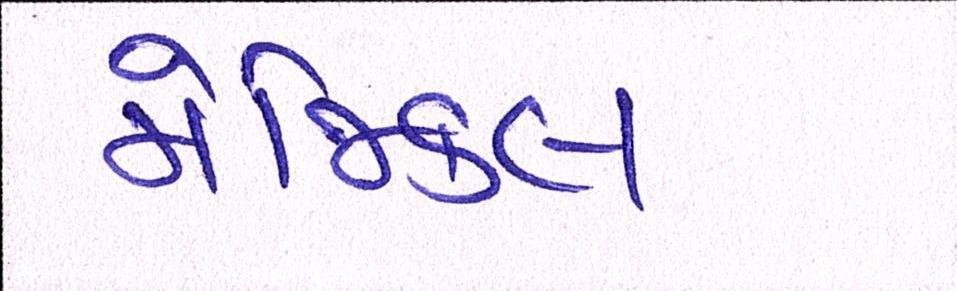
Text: મેજિકલ